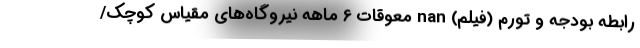
رابطه بودجه و تورم (فیلم) nan معوقات 6 ماهه نیروگاه‌های مقیاس کوچک/